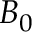
B _ { 0 }